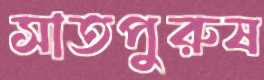
সাতপুরুষ